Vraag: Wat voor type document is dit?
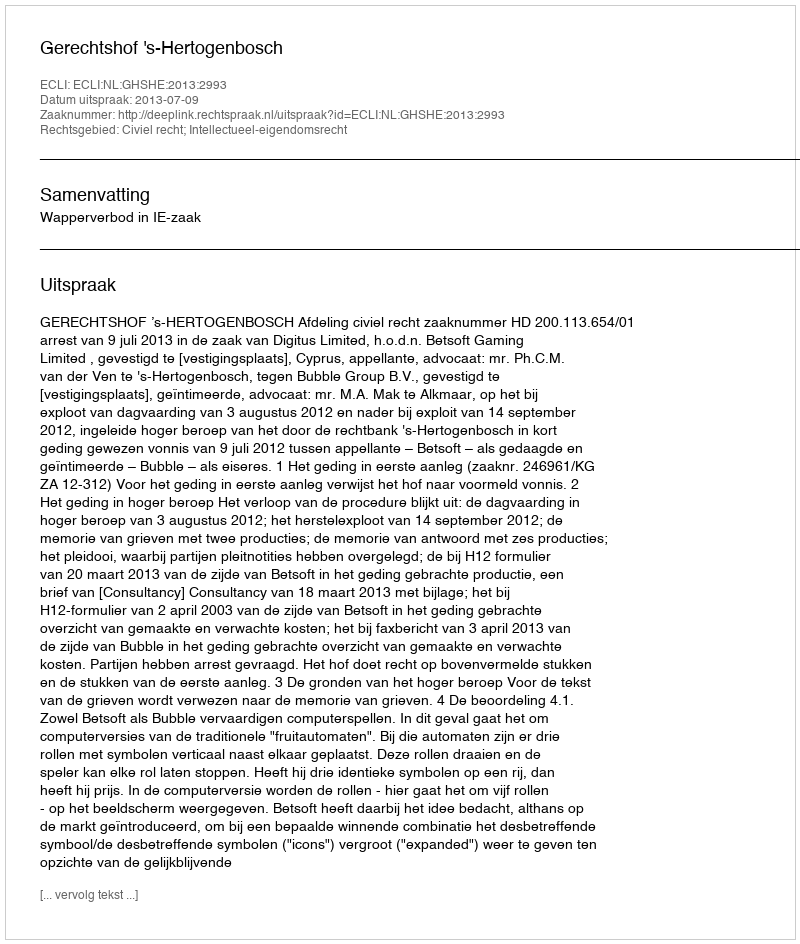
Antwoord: Uitspraak